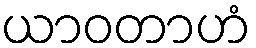
ယာဝတာဟံ